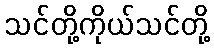
သင်တို့ကိုယ်သင်တို့